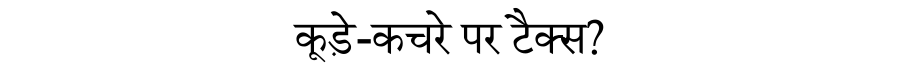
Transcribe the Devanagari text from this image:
कूड़े-कचरे पर टैक्स?